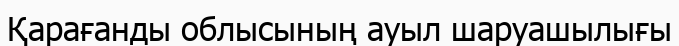
Қарағанды облысының ауыл шаруашылығы